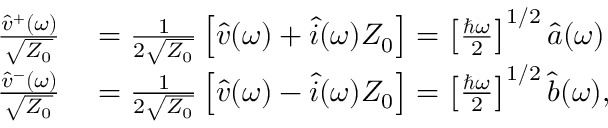
\begin{array} { r l } { \frac { \hat { v } ^ { + } ( \omega ) } { \sqrt { Z _ { 0 } } } } & { { } = \frac { 1 } { 2 \sqrt { Z _ { 0 } } } \left[ \hat { v } ( \omega ) + \hat { i } ( \omega ) Z _ { 0 } \right] = \left[ \frac { \hbar \omega } { 2 } \right] ^ { 1 / 2 } \hat { a } ( \omega ) } \\ { \frac { \hat { v } ^ { - } ( \omega ) } { \sqrt { Z _ { 0 } } } } & { { } = \frac { 1 } { 2 \sqrt { Z _ { 0 } } } \left[ \hat { v } ( \omega ) - \hat { i } ( \omega ) Z _ { 0 } \right] = \left[ \frac { \hbar \omega } { 2 } \right] ^ { 1 / 2 } \hat { b } ( \omega ) , } \end{array}